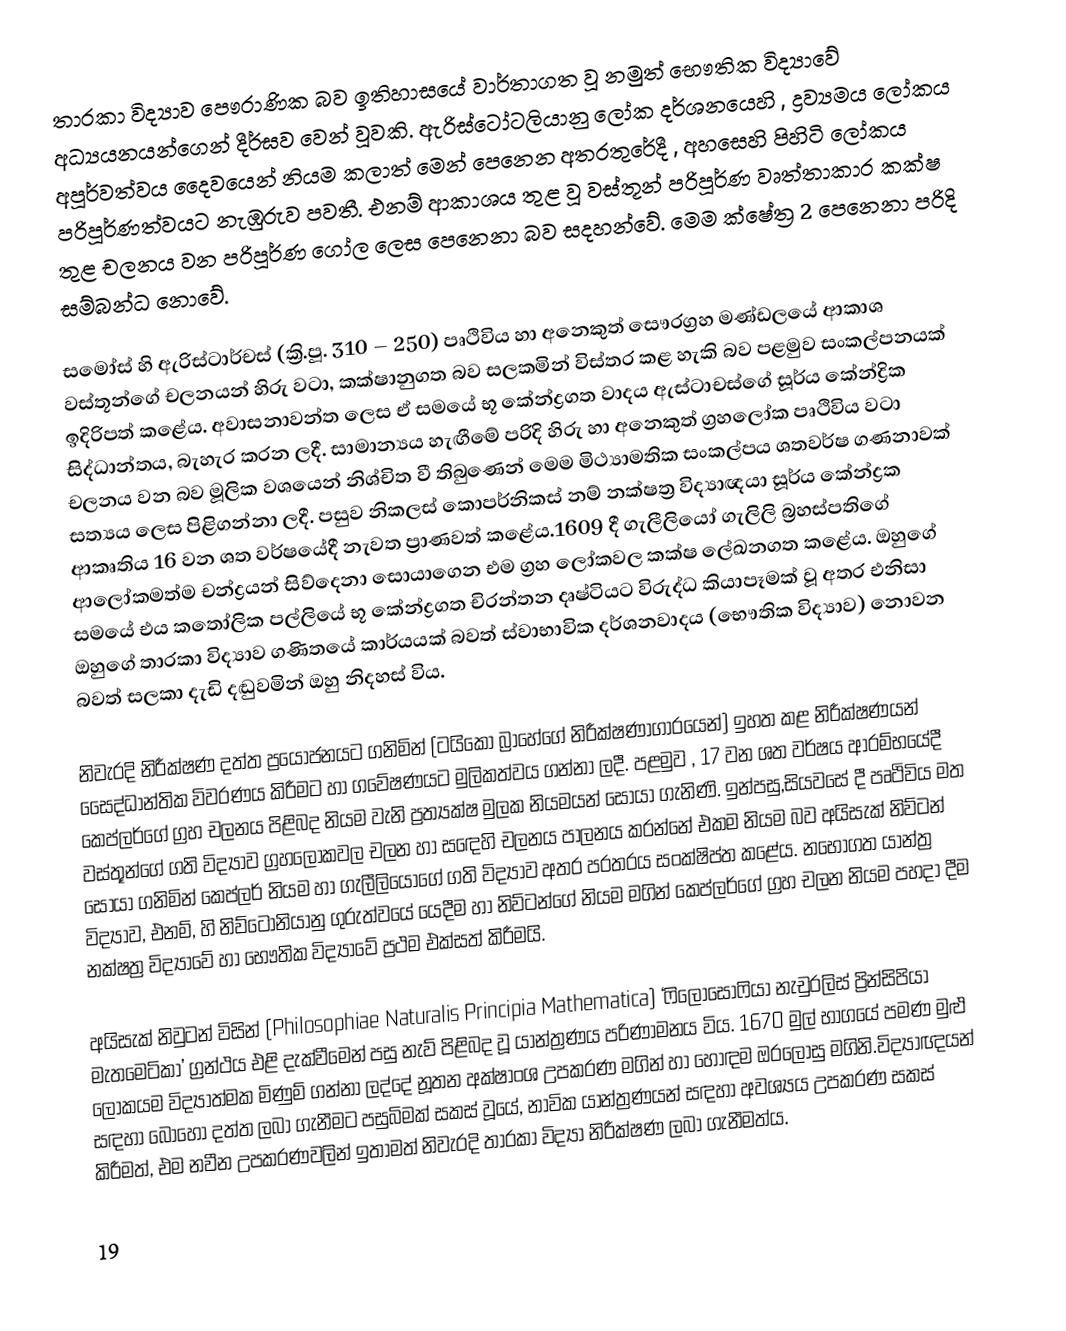
තාරකා විද්‍යාව පෞරාණික බව ඉතිහාසයේ වාර්තාගත වූ නමුත්  භෞතික විද්‍යාවේ අධ්‍යයනයන්ගෙන් දීර්ඝව වෙන් වූවකි. ඇරිස්ටෝටලියානු ලෝක දර්ශනයෙහි , ද්‍රව්‍යමය ලෝකය අපූර්වත්වය දෛවයෙන් නියම කලාත් මෙන් ‍පෙනෙන අතරතුරේදී , අහසෙහි පිහිටි ලෝකය පරිපූර්ණත්වයට නැඹුරුව පවතී. එනම් ආකාශය තුළ වූ වස්තූන් පරිපූර්ණ වෘත්තාකාර කක්ෂ තුළ චලනය වන පරිපූර්ණ ගෝල ලෙස පෙනෙනා බව සදහන්වේ. මෙම ‍ක්ෂේත්‍ර 2 පෙනෙනා පරිදි සම්බන්ධ නොවේ.

සමෝස් හි ඇරිස්ටාර්චස් (ක්‍රි.පූ. 310 – 250) පෘථිවිය හා අනෙකුත් සෞරග්‍රහ මණ්ඩලයේ ආකාශ වස්තූන්ගේ චලනයන් හිරු වටා, කක්ෂානුගත බව සලකමින් විස්තර කළ හැකි බව පළමුව සංකල්පනයක් ඉදිරිපත් කළේය. අවාසනාවන්ත ලෙස ඒ සමයේ භූ කේන්ද්‍රගත වාදය ඇස්ටාචස්ගේ සූර්ය කේන්ද්‍රික සිද්ධාන්තය, බැහැර කරන ලදී. සාමාන්‍යය හැඟීමේ පරිදි හිරු හා අනෙකුත් ග්‍රහලෝක පෘථිවිය වටා චලනය වන බව මූලික වශයෙන් නිශ්චිත වී තිබුණෙන් මෙම මිථ්‍යාමතික සංකල්පය ශතවර්ෂ ගණනාවක් සත්‍යය ලෙස පිළිගන්නා ලදී. පසුව නිකලස් කොපර්නිකස් නම් නක්ෂත්‍ර විද්‍යාඥයා සූර්ය කේන්ද්‍රක ආකෘතිය 16 වන ශත වර්ෂයේදී නැවත ප්‍රාණවත් කළේය.1609 දී ගැලීලියෝ ගැලිලි බ්‍රහස්පතිගේ ආලෝකමත්ම චන්ද්‍රයන් සිව්දෙනා සොයාගෙන එම ග්‍රහ ලෝකවල කක්ෂ ලේඛනගත කළේය. ඔහුගේ සමයේ එය කතෝලික පල්ලියේ භූ කේන්ද්‍රගත චිරන්තන දෘෂ්ටියට විරුද්ධ කියාපෑමක් වූ අතර එනිසා ඔහුගේ තාරකා විද්‍යාව ගණිතයේ කාර්යයක් බවත් ස්වාභාවික දර්ශනවාදය (භෞතික විද්‍යාව) නොවන බවත් සලකා දැඩි දඬුවමින් ඔහු නිදහස් විය.

නිවැරදි නිරීක්ෂණ දත්ත ප්‍රයෝජනයට ගනිමින් (ටයිකෝ බ්‍රාහේගේ නිරීක්ෂණාගාරයෙන්) ඉහත කළ නිරීක්ෂණයන් සෛද්ධාන්තික විවරණය කිරීම‍ට හා ගවේෂණයට මුලිකත්වය ගන්නා ලදී. පළමුව , 17 වන ශත වර්ෂය ආරම්භයේදී  කෙප්ලර්ගේ ග්‍රහ චලනය පිළිබද නියම වැනි ප්‍රත්‍යක්ෂ මුලක නියමයන් සොයා ගැනිණි. ඉන්පසු,සියවසේ දී පෘථිවිය මත වස්තූන්ගේ ගති විද්‍යාව ග්‍රහලෝකවල චලන හා සඳෙහි චලනය පාලනය කරන්නේ එකම නියම බව අයිසැක් නිව්ටන් සොයා ගනිමින් කෙප්ලර් නියම හා ගැලීලියෝගේ ගති විද්‍යාව අතර පරතරය සංක්ෂිප්ත කළේය. නභෝගත යාන්ත්‍ර විද්‍යාව, එනම්, හි නිව්ටෝනියානු ගුරුත්වයේ යෙදීම හා නිව්ටන්ගේ  නියම මගින් කෙප්ලර්ගේ ග්‍රහ චලන නියම පහදා දීම නක්ෂත්‍ර විද්‍යාවේ හා භෞතික විද්‍යාවේ ප්‍රථම එක්සත් කිරීමයි.

අයිසැක් නිවුටන් විසින් (Philosophiae Naturalis Principia Mathematica) ‘ෆිලෝසොෆියා නැචුරලිස් ප්‍රින්සිපියා මැතමෙටිකා’ ග්‍රන්ථය එළි දැක්වීමෙන් පසු නැව් පිළිබද වූ යාන්ත්‍රණය පරිණාමනය විය. 1670 මුල් භාගයේ පමණ මුළු ලෝකයම විද්‍යාත්මක මිණුම් ගන්නා ලද්දේ නූතන අක්ෂාංශ උපකරණ මගින් හා හොඳම ඔරලෝසු මගිනි.විද්‍යාඥයන් සඳහා බොහෝ දත්ත ලබා ගැනීමට පසුබිමක් සකස් වූයේ, නාවික යාන්ත්‍රණයන් සඳහා අවශ්‍යය උපකරණ සකස් කිරීමත්, එම නවීන උපකරණවලින් ඉතාමත් නිවැරදි තාරකා විද්‍යා නිරීක්ෂණ ලබා ගැනීමත්ය.

19